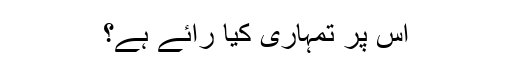
اس پر تمہاری کیا رائے ہے؟